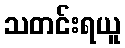
သတင်းရယူ